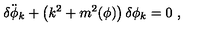
\ddot { \delta \phi _ { k } } + \left( k ^ { 2 } + m ^ { 2 } ( \phi ) \right) \delta \phi _ { k } = 0 \ ,